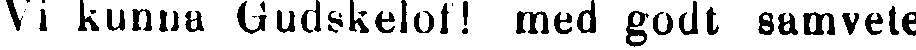
Vi kunna Gudskelof! med godt samvete